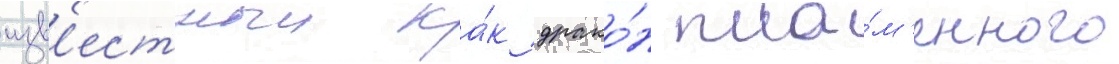
изв'естныи ка́к драко́н пла́м'енного